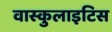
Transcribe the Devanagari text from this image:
वास्कुलाइटिस